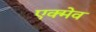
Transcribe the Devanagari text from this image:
एक्मेव